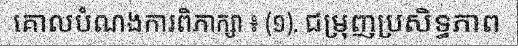
គោលបំណងការពិភាក្សា ៖ (១). ជម្រុញប្រសិទ្ធភាព